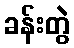
ခန်းတွဲ